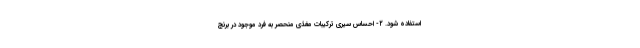
استفاده شود. ۲- احساس سیری ترکیبات مغذی منحصر به فرد موجود در برنج